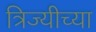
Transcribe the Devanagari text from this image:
त्रिज्यीच्या